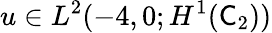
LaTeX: u\in L^{2}(-4,0;H^{1}(\mathsf C_{2}))